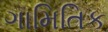
ગામિતિક